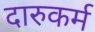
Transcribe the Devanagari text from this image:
दारुकर्म